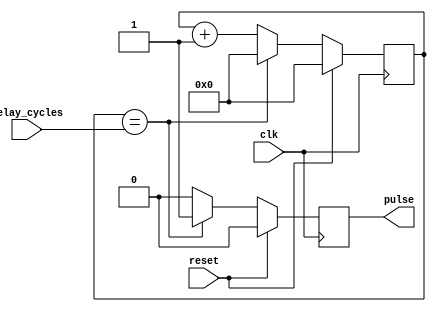
module RisingEdgePulseGenerator (
  input wire clk,
  input wire reset,
  input wire [31:0] delay_cycles,
  output reg pulse
);

reg [31:0] counter;

always @(posedge clk) begin
  if (reset) begin
    counter <= 0;
    pulse <= 0;
  end else if (counter == delay_cycles) begin
    pulse <= 1;
    counter <= 0;
  end else begin
    pulse <= 0;
    counter <= counter + 1;
  end
end

endmodule